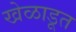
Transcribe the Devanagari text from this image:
खेळाडूत